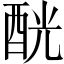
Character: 𨠵